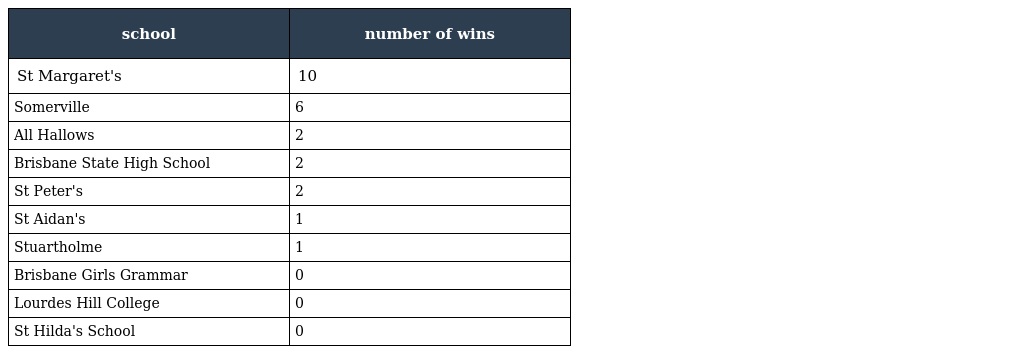
| school | number of wins |
 | --- | --- |
 | St Margaret's | 10 |
 | Somerville | 6 |
 | All Hallows | 2 |
 | Brisbane State High School | 2 |
 | St Peter's | 2 |
 | St Aidan's | 1 |
 | Stuartholme | 1 |
 | Brisbane Girls Grammar | 0 |
 | Lourdes Hill College | 0 |
 | St Hilda's School | 0 |